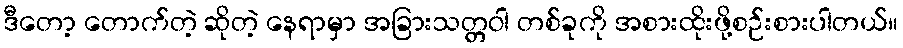
ဒီတော့ တောက်တဲ့ ဆိုတဲ့ နေရာမှာ အခြားသတ္တဝါ တစ်ခုကို အစားထိုးဖို့စဉ်းစားပါတယ်။